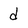
Character: d